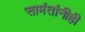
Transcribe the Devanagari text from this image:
सामंतांनीही